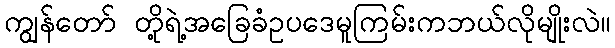
ကျွန်တော် တို့ရဲ့အခြေခံဥပဒေမူကြမ်းကဘယ်လိုမျိုးလဲ။